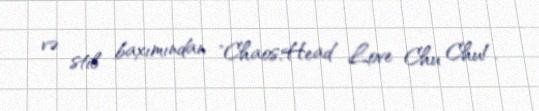
və stil baxımından "Chaos;Head Love Chu Chu!.